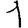
Digit: 1